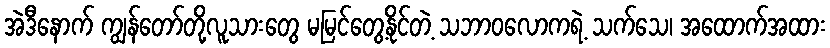
အဲဒီနောက် ကျွန်တော်တို့လူသားတွေ မမြင်တွေ့နိုင်တဲ့ သဘာဝလောကရဲ့ သက်သေ၊ အထောက်အထား